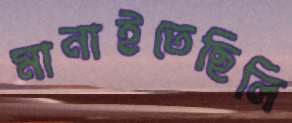
মানাইতেছিলি